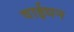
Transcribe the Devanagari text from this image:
वाईधन